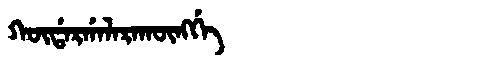
Manchu: ᡴᡡᡩᠠᡵᡤᠠᠯᠠᡵᠠᡴᡡᠩᡤᡝ
Romanization: KŪDARGALARAKŪNGGE